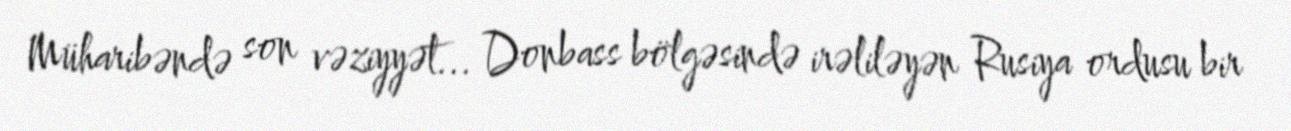
Müharibəndə son vəziyyət... Donbass bölgəsində irəliləyən Rusiya ordusu bir